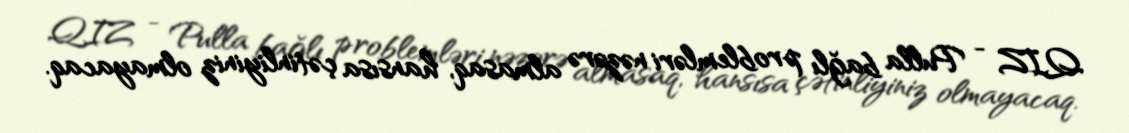
QIZ - Pulla bağlı problemləri nəzərə almasaq, hansısa çətinliyiniz olmayacaq.